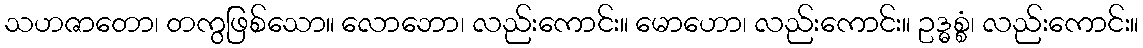
သဟဇာတော၊ တကွဖြစ်သော။ လောဘော၊ လည်းကောင်း။ မောဟော၊ လည်းကောင်း။ ဥဒ္ဓစ္စံ၊ လည်းကောင်း။